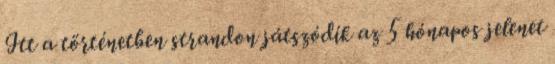
Itt a történetben strandon játszódik az 5 hónapos jelenet